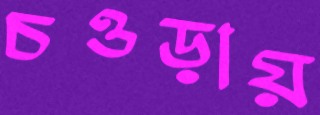
চওড়ায়